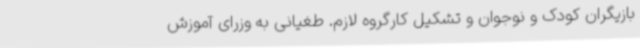
بازیگران کودک و نوجوان و تشکیل کارگروه لازم. طغیانی به وزرای آموزش